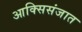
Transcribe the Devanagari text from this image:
आक्सिसंजात